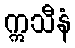
ဣသီနံ